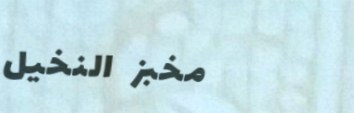
مخبز النخيل